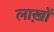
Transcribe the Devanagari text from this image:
लाख़ों